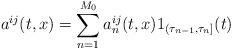
LaTeX: \begin{align*} a^{ij}(t,x)=\sum_{n=1}^{M_0}a_{n}^{ij}(t,x)1_{(\tau_{n-1},\tau_n]}(t)\end{align*}